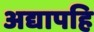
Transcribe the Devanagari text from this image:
अद्यापहि